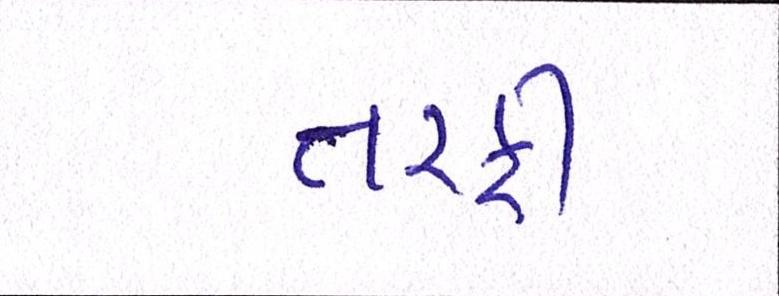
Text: તરફી